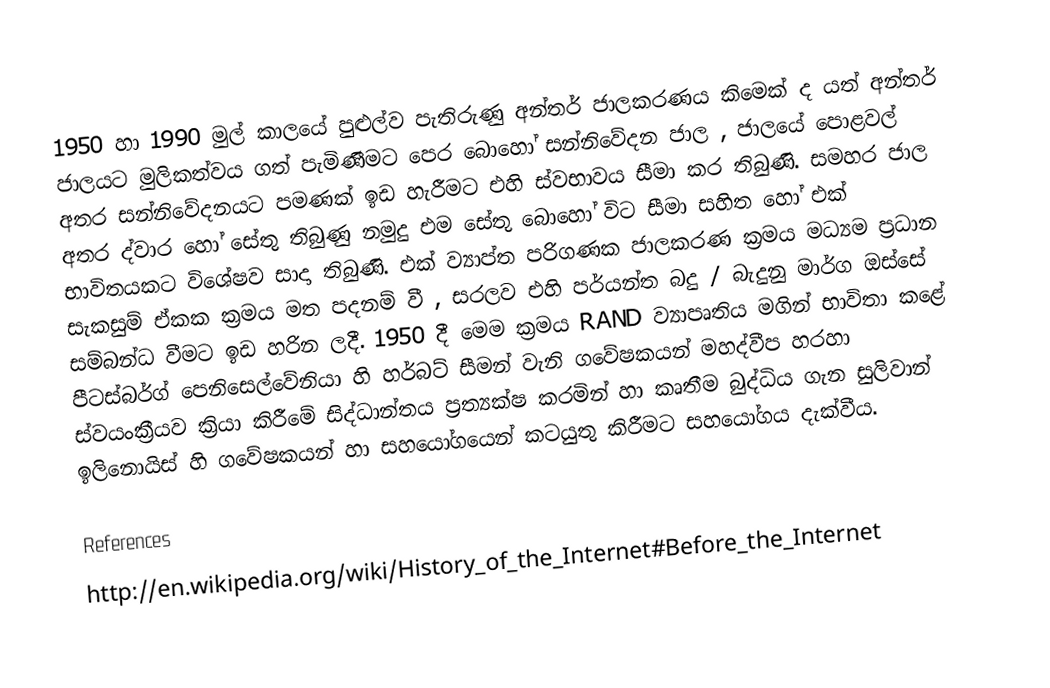
1950 හා 1990 මුල් කාලයේ පුළුල්ව පැතිරුණු අන්තර් ජාලකරණය කිමෙක් ද යත් අන්තර් ජාලයට මුලිකත්වය ගත් පැමිණීමට පෙර බොහෝ සන්නිවේදන ජාල , ජාලයේ පොළවල් අතර සන්නිවේදනයට පමණක් ඉඩ හැරීමට එහි ස්වභාවය සීමා කර තිබුණි. සමහර ජාල අතර ද්වාර හෝ සේතු තිබුණු නමුදු එම සේතු බොහෝ විට සීමා සහිත හෝ එක් භාවිතයකට විශේෂව සාදා තිබුණි. එක් ව්‍යාප්ත පරිගණක ජාලකරණ ක්‍රමය මධ්‍යම ප්‍රධාන සැකසුම් ඒකක ක්‍රමය මත පදනම් වී , සරලව එහි පර්යන්ත බදු / බැදුනු මාර්ග ඔස්සේ සම්බන්ධ වීමට ඉඩ හරින ලදී. 1950 දී මෙම ක්‍රමය RAND  ව්‍යාපෘතිය මගින් භාවිතා කළේ පීටස්බර්ග් පෙනිසෙල්වේනියා හි හර්බට් සීමන් වැනි ගවේෂකයන් මහද්වීප හරහා ස්වයංක්‍රීයව ක්‍රියා කිරීමේ සිද්ධාන්තය  ප්‍රත්‍යක්ෂ කරමින් හා කෘතීම බුද්ධිය ගැන සුලිවාන් ඉලිනොයිස් හි ‍ගවේෂකයන් හා සහයෝගයෙන් කටයුතු කිරීමට සහයෝගය දැක්වීය.

References
http://en.wikipedia.org/wiki/History_of_the_Internet#Before_the_Internet